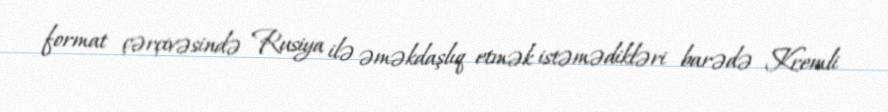
format çərçivəsində Rusiya ilə əməkdaşlıq etmək istəmədikləri barədə Kremli